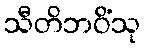
သီတိဘဝိံသု